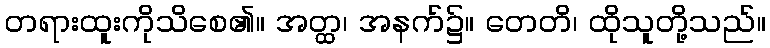
တရားထူးကိုသိစေ၏။ အတ္ထ၊ အနက်၌။ တေတိ၊ ထိုသူတို့သည်။